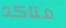
متاكد